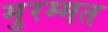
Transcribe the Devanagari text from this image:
मुरम्मत